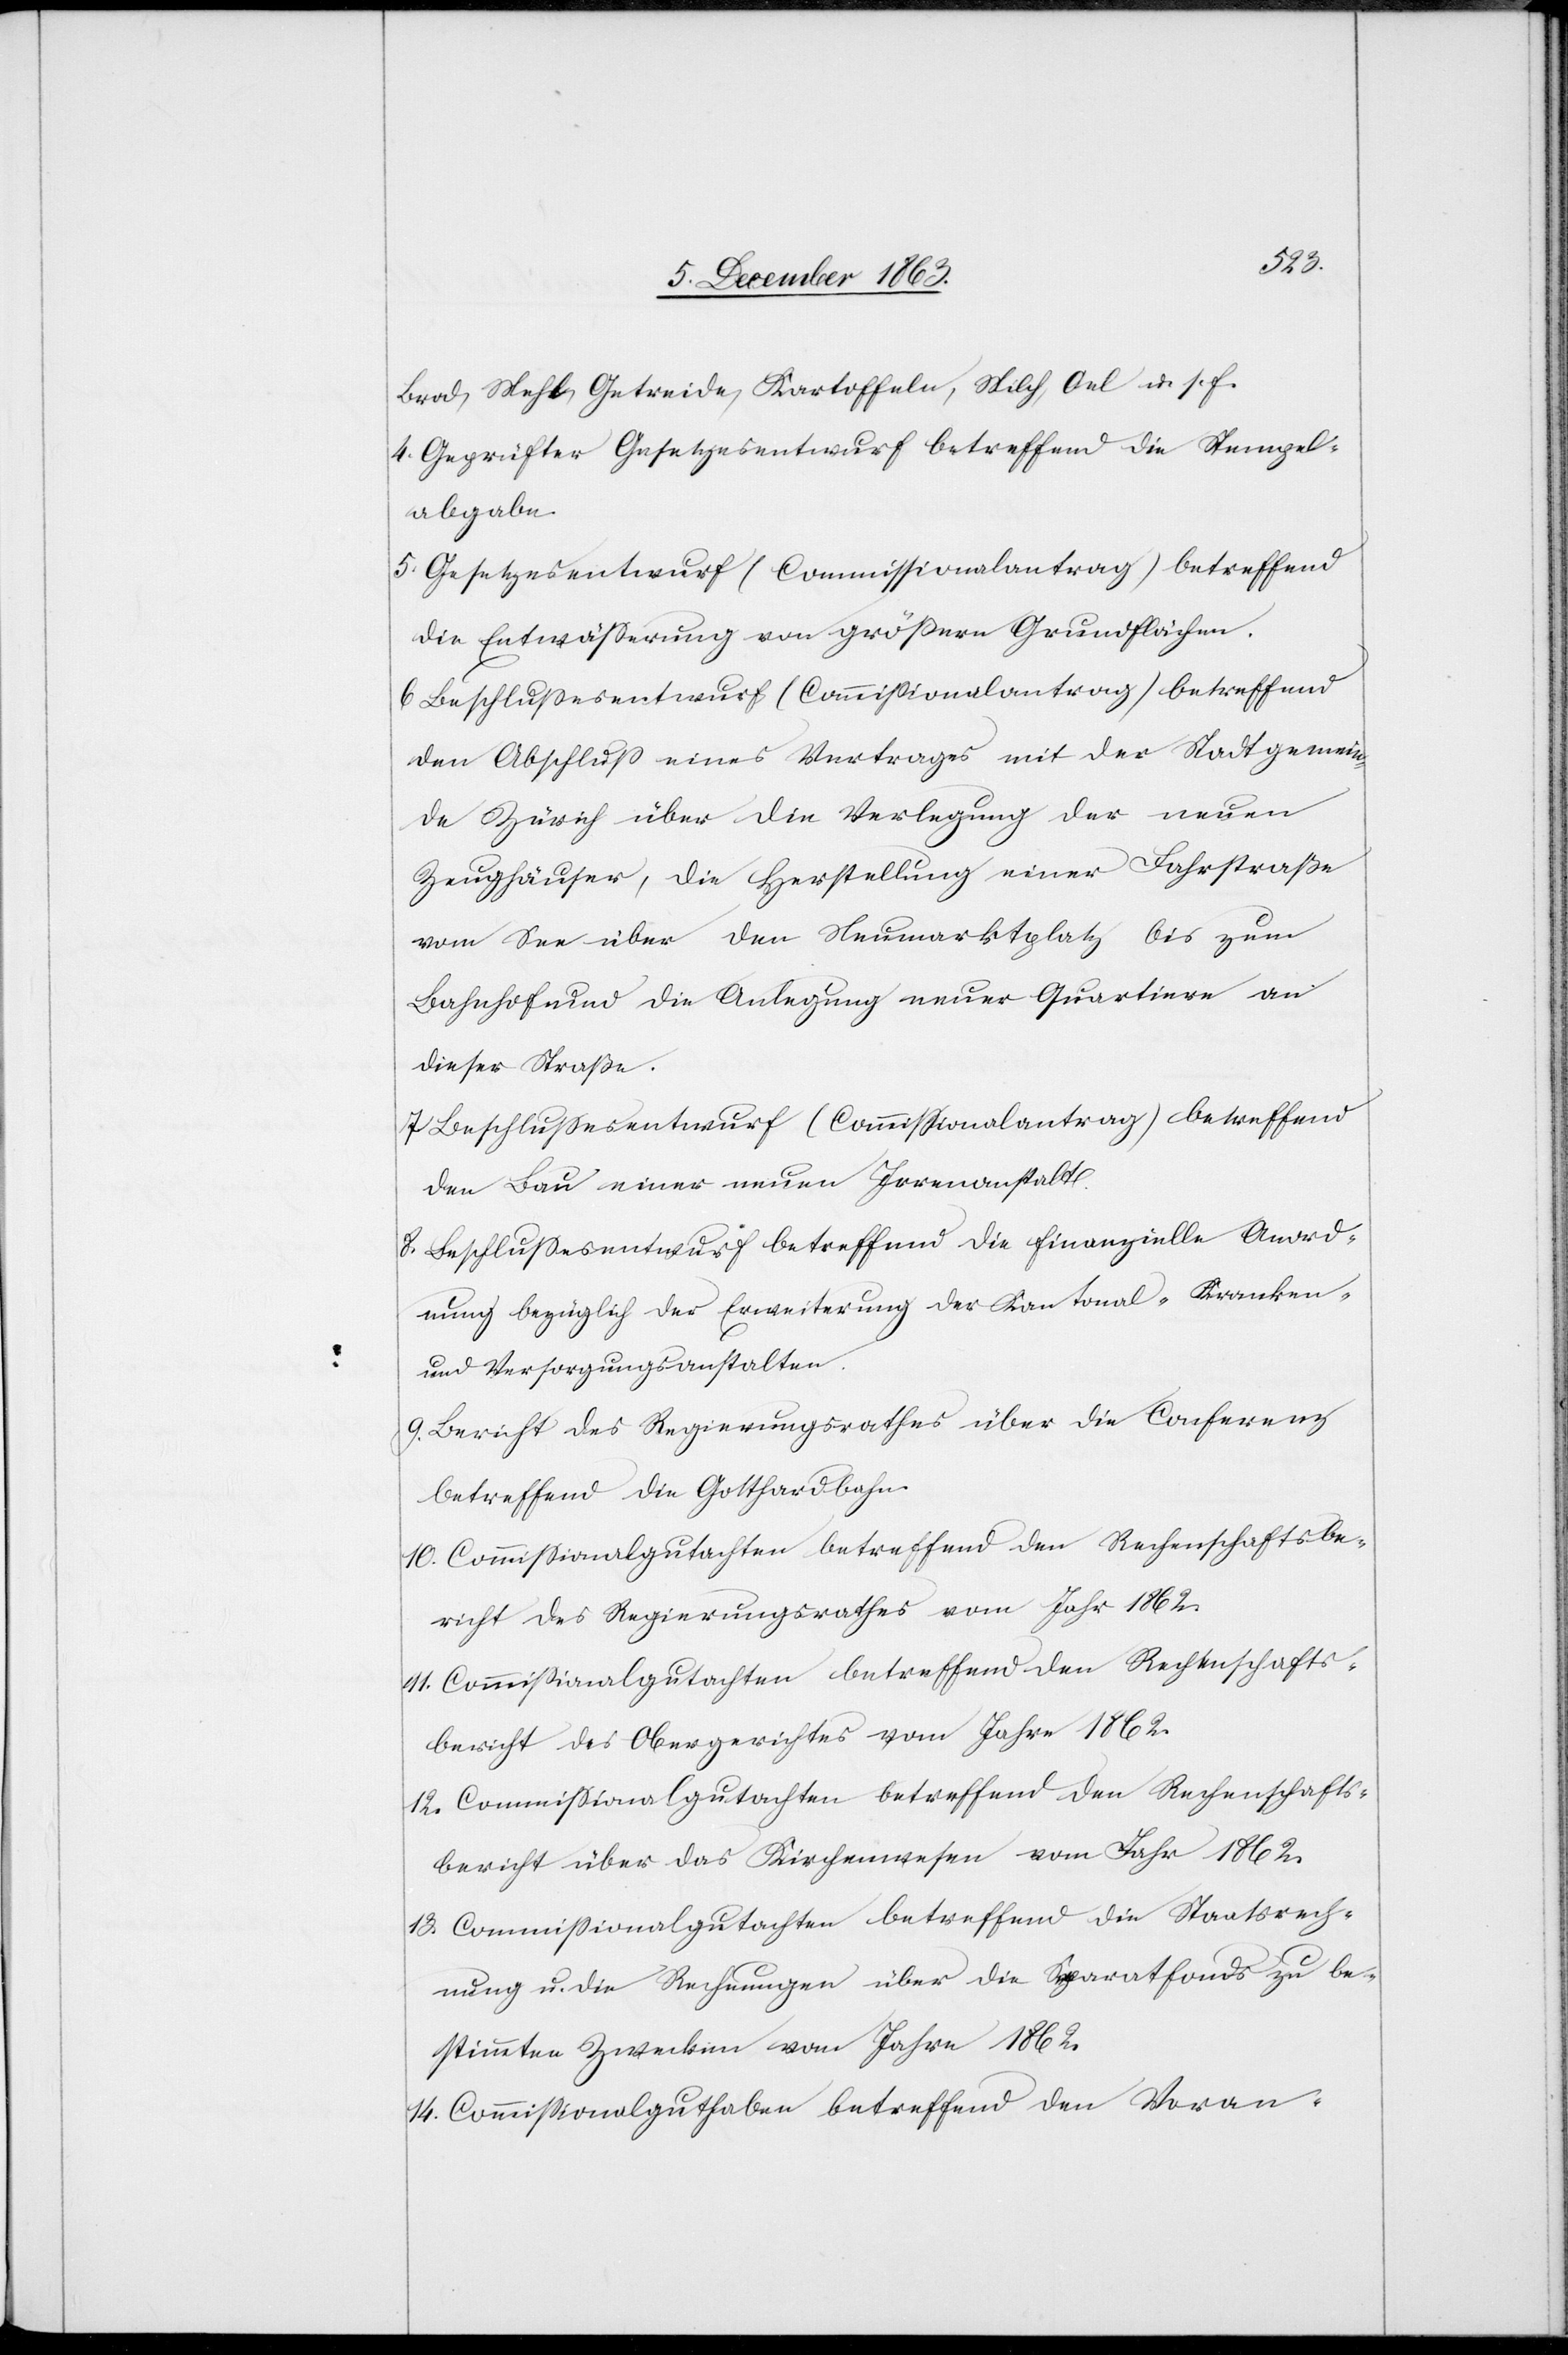
Brod, Mehl, Getreide, Kartoffeln, Milch, Oel u. s. f.
4. Geprüfter Gesetzesentwurf betreffend die Stempel¬
abgabe.
5. Gesetzesentwurf (Commissionalantrag) betreffend
die Entwässerung von größern Grundflächen.
den Abschluss eines Vertrages mit der Stadtgemein¬
de Zürich über die Verlegung der neuen
Zeughäuser, die Herstellung einer Fahrstraße
vom See über den Neumarktplatz bis zum
Bahnhof und die Anlegung neuer Quartiere an
dieser Straße.
7. Beschlussesentwurf (Commissionalantrag) betreffend
den Bau einer neuen Irrenanstalt.
8. Beschlussesentwurf betreffend die finanzielle Anord¬
nung bezüglich der Erweiterung der Kantonal-Kranken-
und Versorgungsanstalten.
9. Bericht des Regierungsrathes über die Conferenz
betreffend die Gotthardbahn.
10. Commissionalgutachten betreffend den Rechenschaftsbe¬
richt des Regierungsrathes vom Jahr 1862.
11. Commissionalgutachten betreffend den Rechenschafts¬
bericht des Obergerichtes vom Jahre 1862.
12. Commissionalgutachten betreffend den Rechenschafts¬
bericht über das Kirchenwesen vom Jahr 1862.
13. Commissionalgutachten betreffend die Staatsrech¬
nung u. die Rechnungen über die Separatfonds zu be¬
stimmten Zwecken vom Jahre 1862.
14. Commissionalguthaben betreffend den Voran-